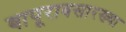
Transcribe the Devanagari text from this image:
बापूरावसारख्या